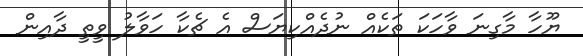
ޔޫހާ މާގިނަ ވާހަކަ ތަކެއް ނުދެއްކިޔަސް އެ ޗެކާ ހަވާލު ވީތީ ދާއިން